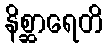
နိစ္ဆာရေတိ